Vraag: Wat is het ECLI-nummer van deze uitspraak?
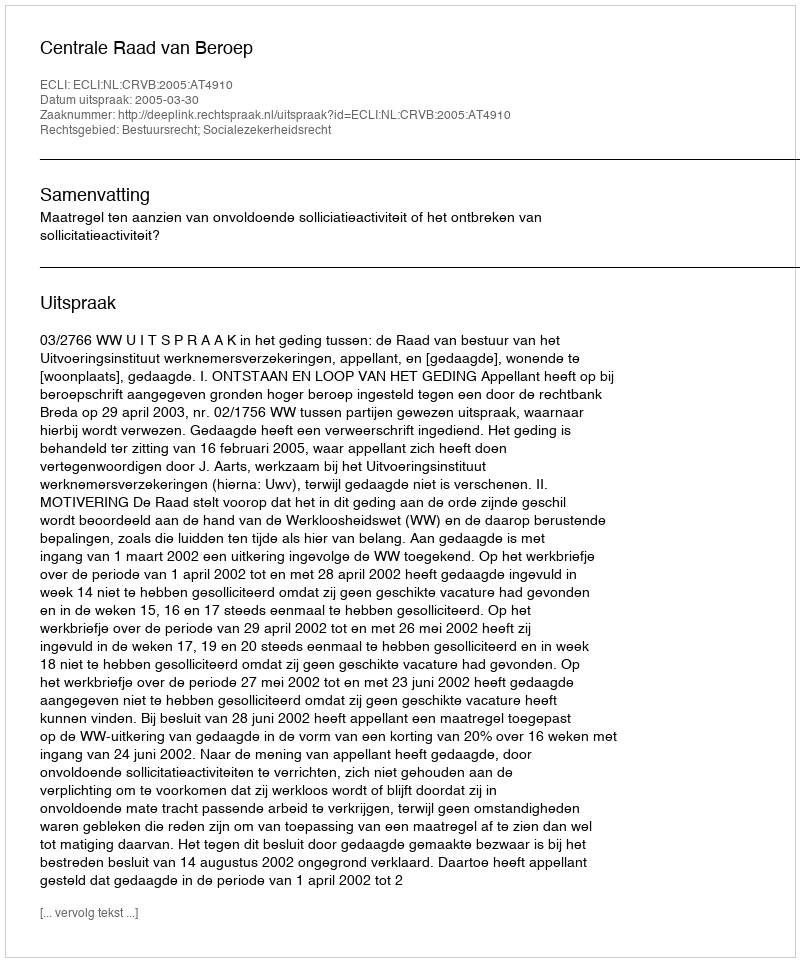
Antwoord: ECLI:NL:CRVB:2005:AT4910